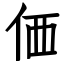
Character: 価